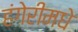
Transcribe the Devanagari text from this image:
हंगेरीमधे